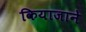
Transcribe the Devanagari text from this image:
कियाजाने